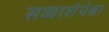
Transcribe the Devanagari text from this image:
सव्‍वाशेपेक्षा